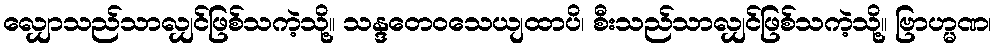
လျှောသည်သာလျှင်ဖြစ်သကဲ့သို့။ သန္ဒတေဝသေယျထာပိ၊ စီးသည်သာလျှင်ဖြစ်သကဲ့သို့။ ဗြာဟ္မဏ၊